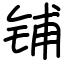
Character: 铺